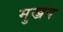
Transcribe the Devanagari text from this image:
मुख्रय